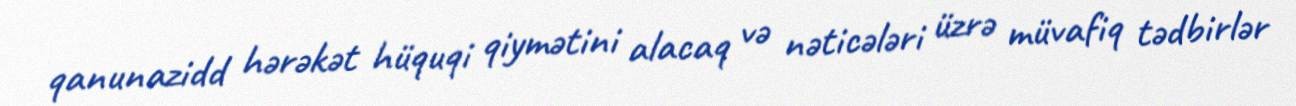
qanunazidd hərəkət hüquqi qiymətini alacaq və nəticələri üzrə müvafiq tədbirlər